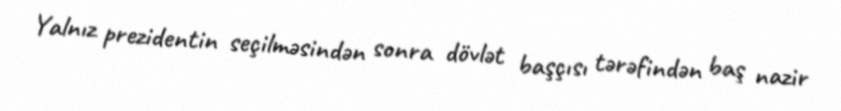
Yalnız prezidentin seçilməsindən sonra dövlət başçısı tərəfindən baş nazir